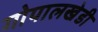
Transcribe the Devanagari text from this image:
गोपालखेडी